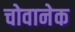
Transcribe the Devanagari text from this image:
चोवानेक